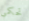
تحكمي